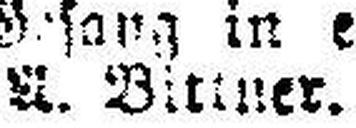
###. Bittner.